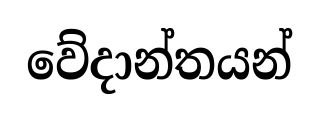
වේදාන්තයන්